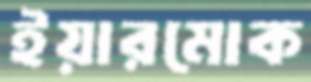
ইয়ারমোক